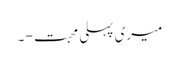
میری پہلی محبت - ۔